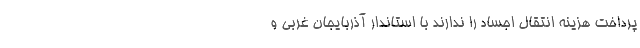
پرداخت هزینه انتقال اجساد را ندارند با استاندار آذربایجان ‌غربی و